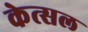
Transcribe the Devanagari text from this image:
केत्सल